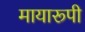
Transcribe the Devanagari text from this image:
मायारूपी